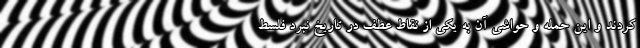
کردند و این حمله و حواشی آن به یکی از نقاط عطف در تاریخ نبرد فلسط